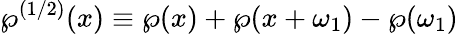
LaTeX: \wp^{(1/2)}(x)\equiv\wp(x)+\wp(x+\omega_{1})-\wp(\omega_{1})